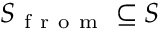
S _ { \mathrm { ~ f ~ r ~ o ~ m ~ } } \subseteq S